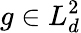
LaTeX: g\in L_{d}^{2}